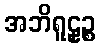
အဘိရူဠှဉ္စ